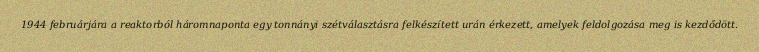
1944 februárjára a reaktorból háromnaponta egy tonnányi szétválasztásra felkészített urán érkezett, amelyek feldolgozása meg is kezdődött.